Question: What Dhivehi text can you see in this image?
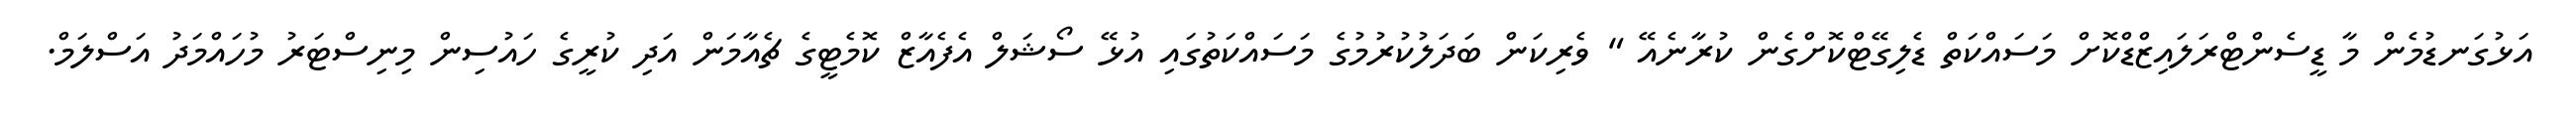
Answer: އަޅުގަނޑުމެން މާ ޑީސެންޓްރަލައިޒްޑްކޮށް މަސައްކަތް ޑެލިގޭޓްކޮށްގެން ކުރާނެއޭ " ވެރިކަން ބަދަލުކުރުމުގެ މަސައްކަތުގައި އުޅޭ ސޯޝަލް އެފެއާޒް ކޮމެޓީގެ ޗެއާމަން އަދި ކުރީގެ ހައުސިން މިނިސްޓަރު މުހައްމަދު އަސްލަމް.